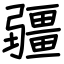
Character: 疆